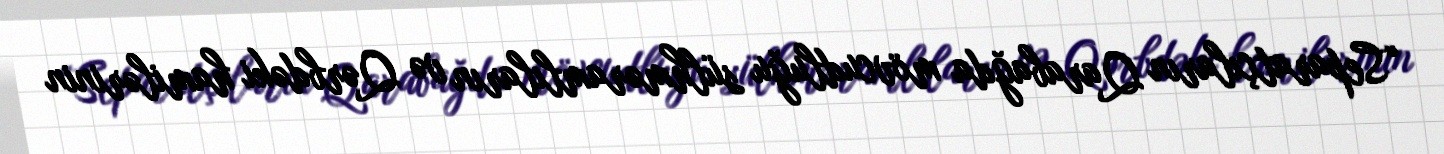
“Separatçıların Qarabağda mövcudluğu sülhməramlıların və Qərbdəki hamilərinin